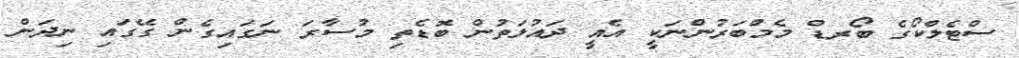
ސްޓެލްކޯގެ ބޯރޑް މެމްބަރުންނަކީ އެއީ ދައުލަތުން ބޮޑެތި މުސާރަ ނަގައިގެން ގޭގައި ނިދަން